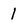
Character: 1